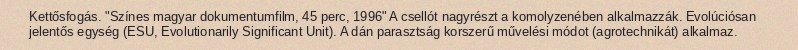
Kettősfogás. "Színes magyar dokumentumfilm, 45 perc, 1996" A csellót nagyrészt a komolyzenében alkalmazzák. Evolúciósan jelentős egység (ESU, Evolutionarily Significant Unit). A dán parasztság korszerű művelési módot (agrotechnikát) alkalmaz.